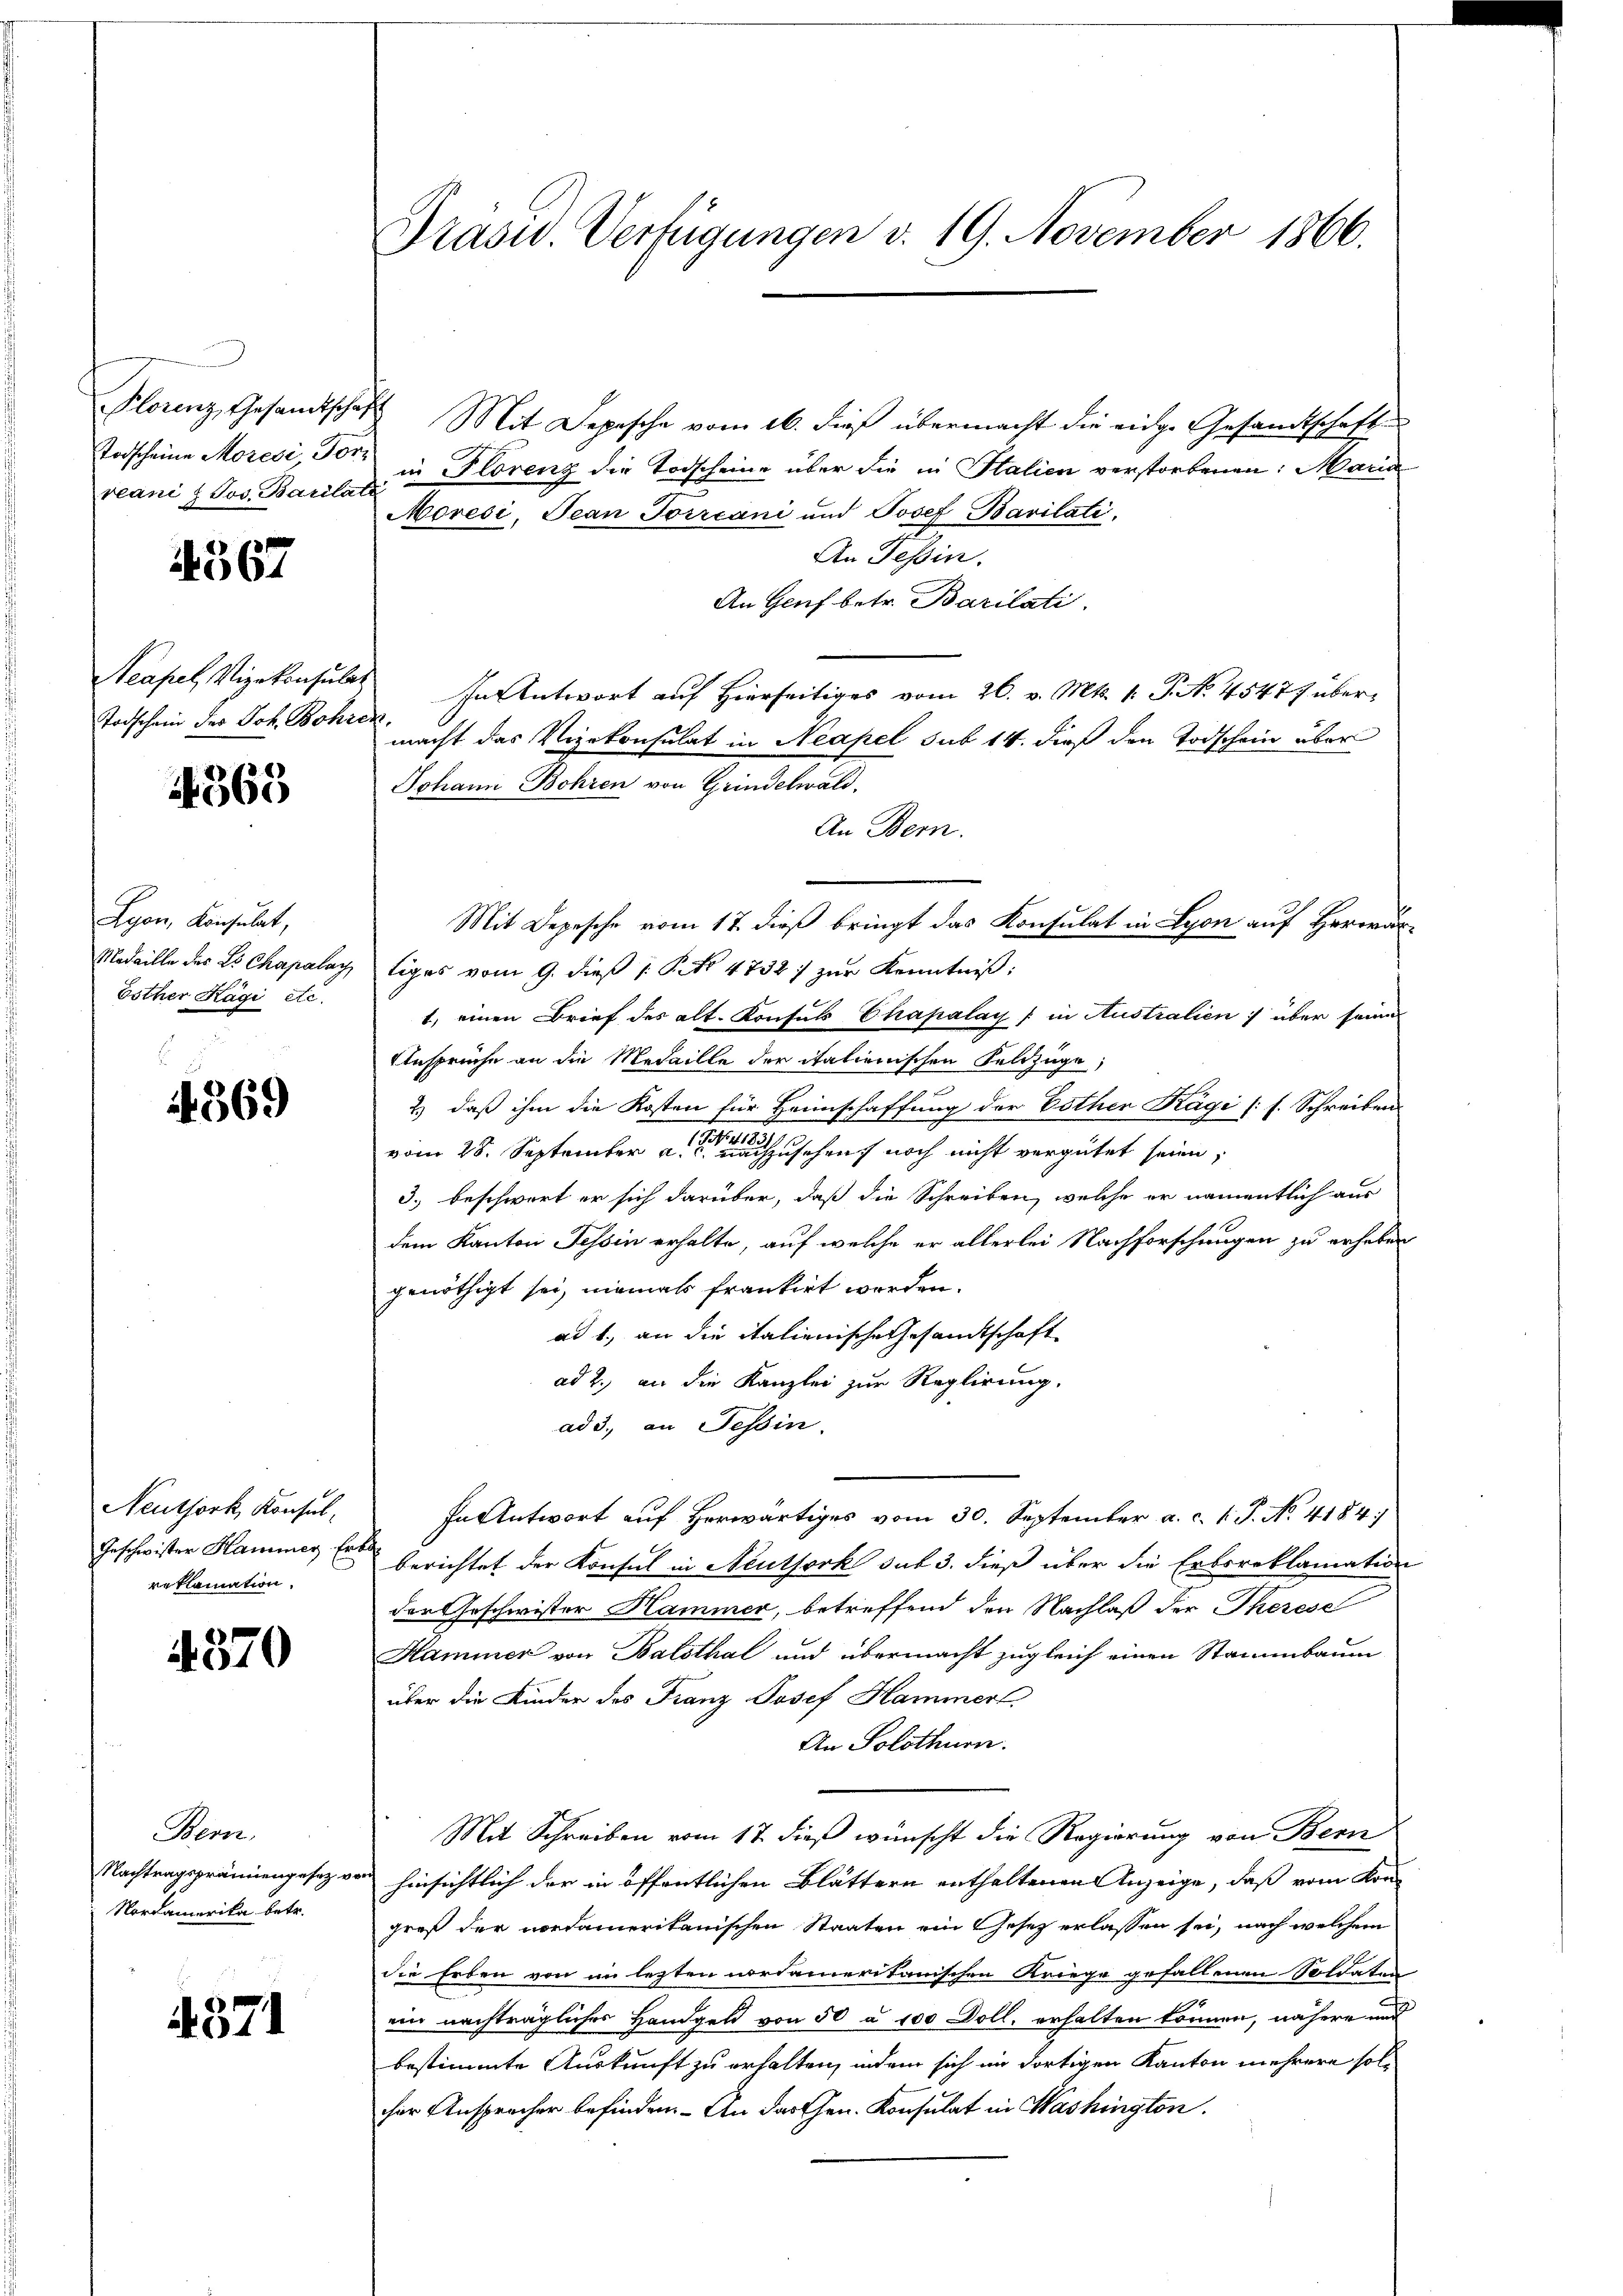
Plorenz, Gesandtscha¬
Todscheine Moresi Forveani & Jos. Barilat

4567

Acapel, Vizekonsulat
Todschein des Joh. Bohre

14363

Lyon, Konsulat,
Medaille des L. Chapalag,
Esther Kägi etc.

4369

Neuthork, Konsul,
Geschwister Hammer. Ers
reklamation.

570

Bern.
Nachtragsprämiengesetz v.
Nordamerika betr.

4371

Präsu. Verfügungen v. 19. November 1866.

Mit Depesche vom 16. dieß übermacht die eidge Gesandtschaft
in Florenz die Todscheine über die in Italien verstorbenen: Maria
Moresi, Jean Torrcani und Josef Barilati
An Tessin.
An Genf betr. Barilati
In Antwort auf Hierseitiges vom 26. v. Mts. 1. P. No. 45477 über¬
.
macht das Vizekonsulat in Neapel sub 14. dieß den Todschein über
Johann Bohren von Grindelwald.
An Bern.
Mit Depesche vom 17. dieß bringt das Konsulat in Lyon auf Herrrartiges vom 9. dieß P. No 4732) zur Kenntniß:
1, einen Brief des alt. Konsuls Chapalay / in Australien über seine
Ansprüche an die Medaille der italienischen Feldzüge,
2.) daß ihm die Kosten für Heimschaffung der Bother Kägi (s. Schreiben
vom 28. September a. der anzusehen noch nicht vergütet seien,
3.) beschwort er sich darüber, daß die Schreiben, welche er namentlich aus
dem Kanton Tessin erhalte, auf welche er allerlei Nachforschungen zu erheben
genöthigt sei, niemals frankirt werden.
ad 1., an die italienische Gesandtschaft
ad 2., an die Kanzlei zur Reglirung.
ad 3., an Tessin
In Antwort auf herwärtiges vom 30. September a. c. 1 P. No. 4184)
berichtet der Konsul in Neuthork das 3. dieß über die Erbsreklamation
der Geschwister Hammer, betreffend den Nachlaß der Therese
Hammer von Balsthal und übermacht zugleich einen Stammbaum
über die Kinder des Franz Josef Hammerl.
An Solothurn.
Mit Schreiben vom 17. dieß wünscht die Regierung von Bern
hinsichtlich der in öffentlichen Blättern enthaltenen Anzeige, daß vom Kongroß der nordamerikanischen Staaten ein Gesetz erlassen sei, nach welchem
die Erben von im lezten nordameritanischen Kriege gefallenen Soldaten
ein nachträgliches Handgeld von 50 à 100 Doll, erhalten können, nähere und
bestimmte Auskunft zu erhalten, indem sich im dortigen Kanton mehrere solher Ansprecher befinden. An das Chen. Konsulat in Washington.